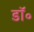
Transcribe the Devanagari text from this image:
डाॅ॰